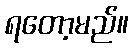
ရတော့မည်။